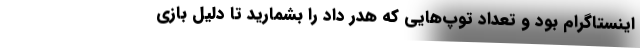
اینستاگرام بود و تعداد توپ‌هایی که هدر داد را بشمارید تا دلیل بازی